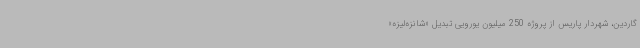
گاردین، شهردار پاریس از پروژه 250 میلیون یورویی تبدیل «شانزه‌لیزه»